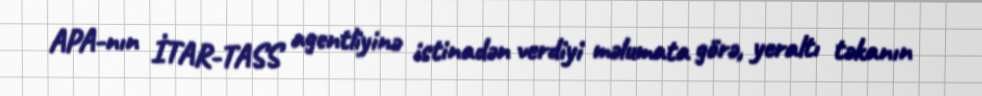
APA-nın İTAR-TASS agentliyinə istinadən verdiyi məlumata görə, yeraltı təkanın